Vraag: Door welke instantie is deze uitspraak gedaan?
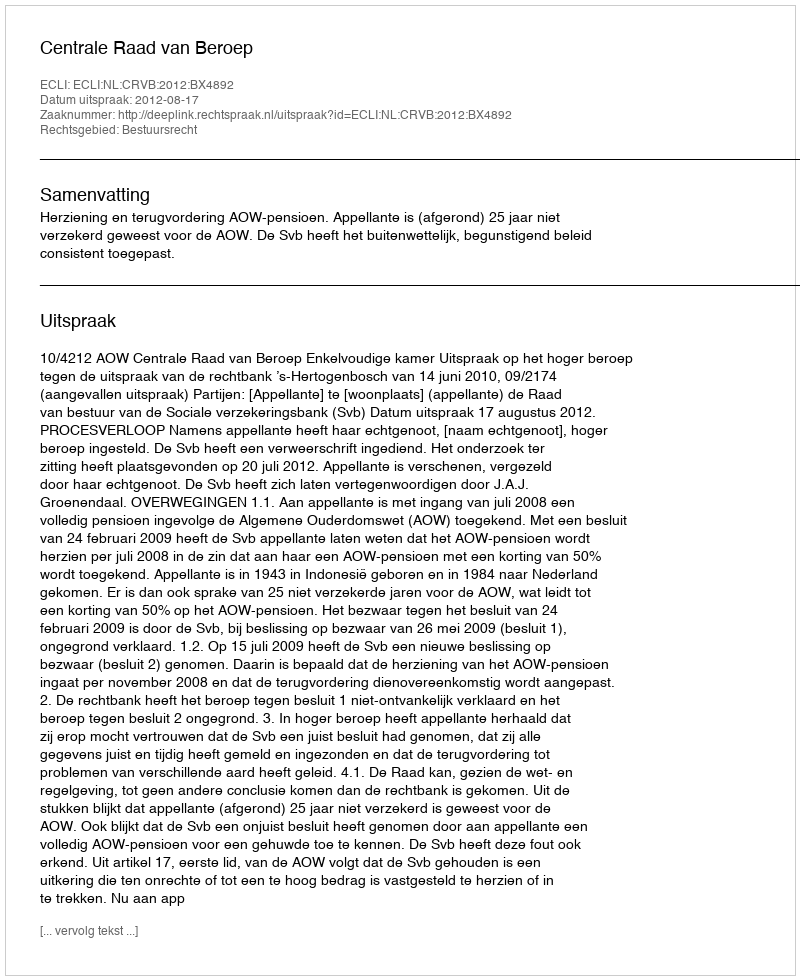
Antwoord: Centrale Raad van Beroep